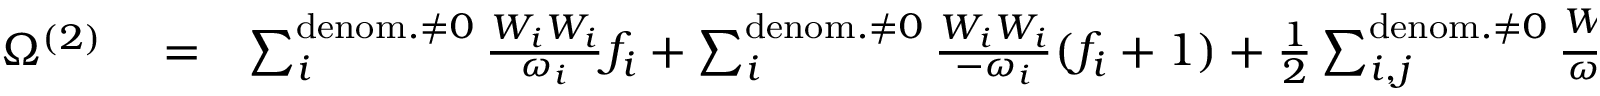
\begin{array} { r l r } { \Omega ^ { ( 2 ) } } & { { } = } & { \sum _ { i } ^ { \mathrm { d e n o m . } \neq 0 } \frac { W _ { i } W _ { i } } { \omega _ { i } } f _ { i } + \sum _ { i } ^ { \mathrm { d e n o m . } \neq 0 } \frac { W _ { i } W _ { i } } { - \omega _ { i } } ( f _ { i } + 1 ) + \frac { 1 } { 2 } \sum _ { i , j } ^ { \mathrm { d e n o m . } \neq 0 } \frac { W _ { i j } W _ { i j } } { \omega _ { i } + \omega _ { j } } f _ { i } f _ { j } + \frac { 1 } { 2 } \sum _ { i , j } ^ { \mathrm { d e n o m . } \neq 0 } \frac { W _ { i j } W _ { i j } } { - \omega _ { i } - \omega _ { j } } ( f _ { i } + 1 ) ( f _ { j } + 1 ) } \end{array}